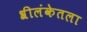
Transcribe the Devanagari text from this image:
श्रीलंकेतला